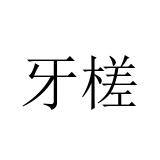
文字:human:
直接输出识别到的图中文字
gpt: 牙槎